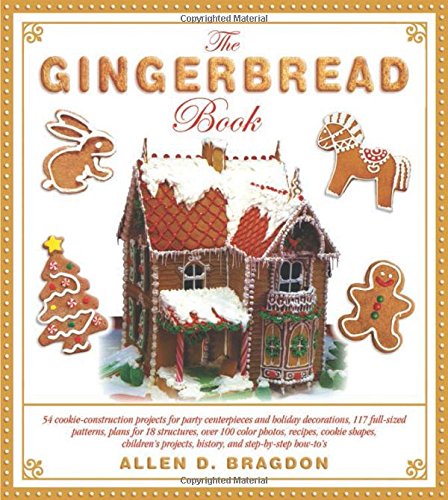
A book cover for The Gingerbread Book: 54 Cookie-Construction Projects for Party Centerpieces and Holiday Decorations, 117 Full-Sized Patterns, Plans for 18 ... Projects, History, and Step-by-Step How-To's; Cookbooks, Food & Wine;